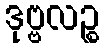
ဒုဗ္ဗလဉ္စ